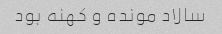
سالاد مونده و کهنه بود